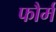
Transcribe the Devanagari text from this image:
फौर्म